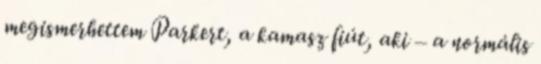
megismerhettem Parkert, a kamasz fiút, aki – a normális